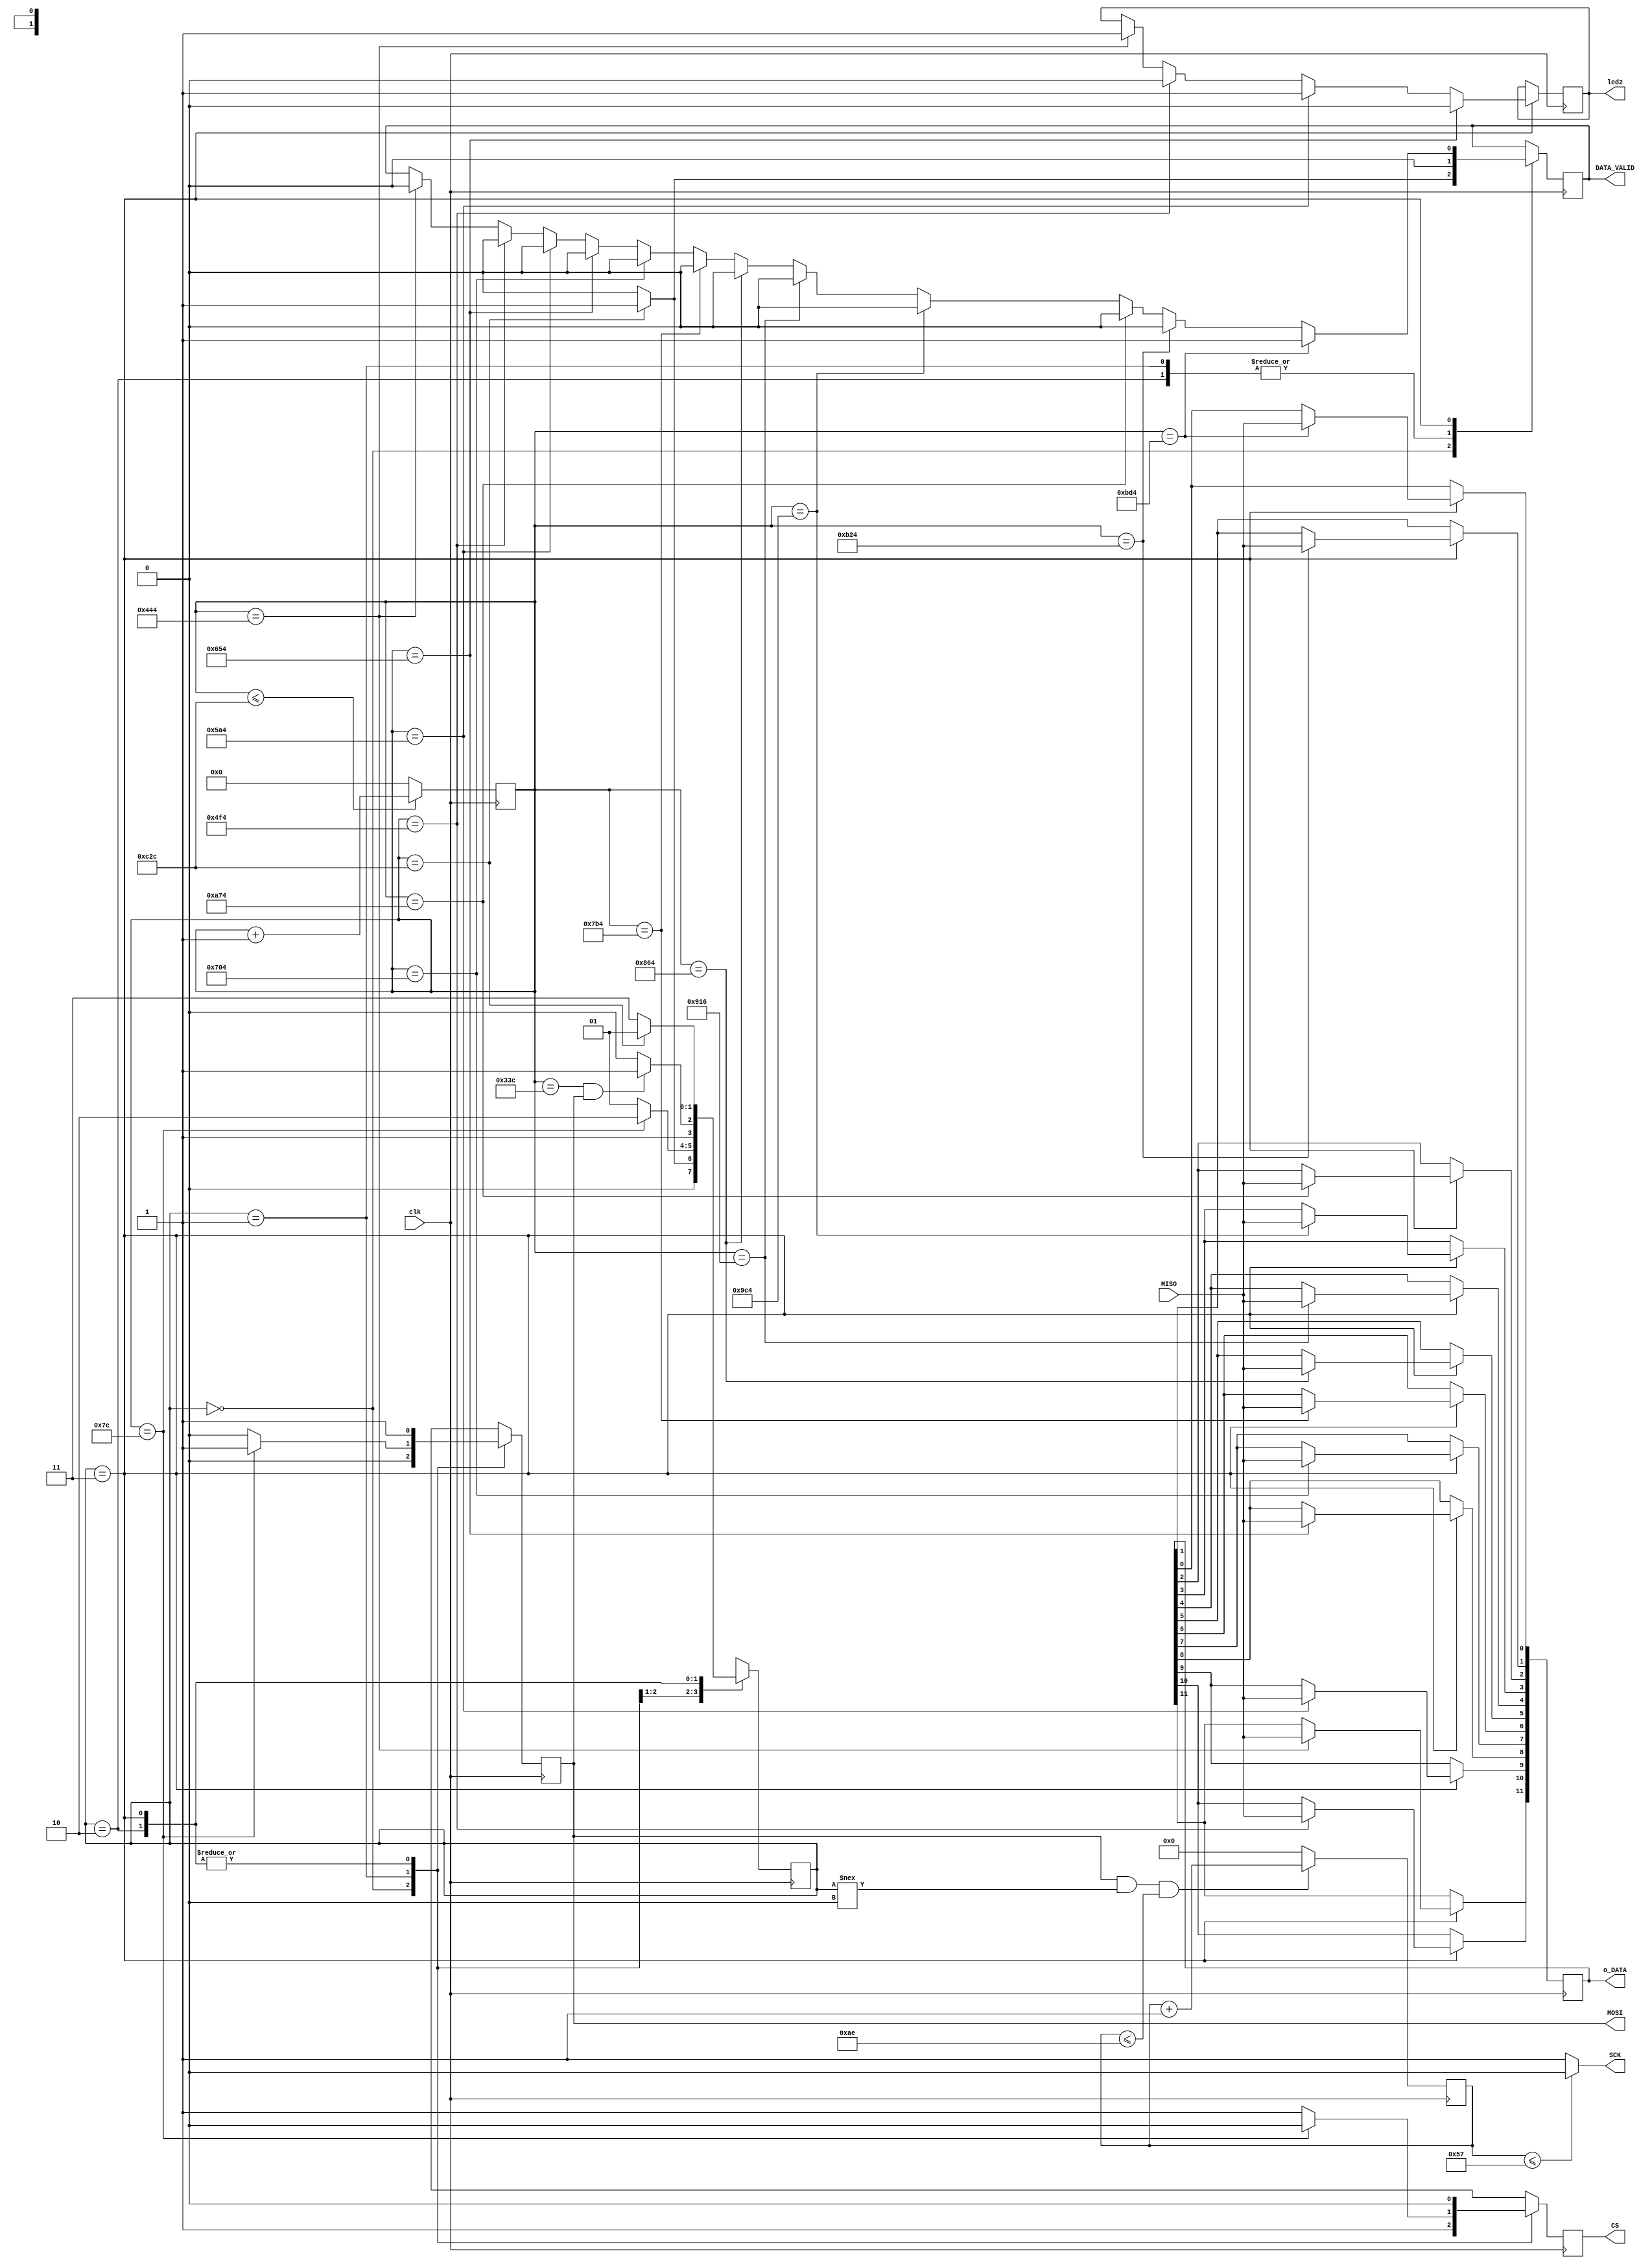
`timescale 1ns / 1ns

module SPI_state_machine(
	input clk,
	//input clk10,
	input MISO,                // data out of ADC (Dout pin)
	output MOSI,               // Data into ADC (Din pin)
	output SCK, 	           // SPI clock
	output [11:0] o_DATA,      // 12 bit word (for other modules)
	output CS,                 // Chip Select
	output led2,
	output DATA_VALID          // is high when there is a full 12 bit word. 
	);
	
	// set up bits for MOSI (DIN on datasheet) 
	localparam START = 1;      // start bit
	localparam SGL = 1;        // sets ADC to single ended mode 
	localparam ODD = 1;        // sets sample input to channel 1
	localparam MSBF = 1;       // sets ADC to transmit MSB first
	
	// states
	localparam INITIALIZE = 0;      // initialize the state machine
	localparam DISABLE = 1;         // CS is high
	localparam TRANSMITTING = 2;    // set the sample channel, sampling mode, etc...
	localparam RECEIVING = 3;       // convert the bitstream into parellel word
	
	reg d_led;
	reg [7:0] SCK_counter = 0;       // for the output SPI clock
	reg r_MOSI = 0; 
	reg [11:0] r_DATA;
	reg [1:0] r_STATE;               // state machine
	reg r_CS = 1;       	         // disable CS to start
	reg r_SCK_enable = 0;            // enable for SCK
	reg r_DV = 0;                    // DATA_VALID register
	reg [11:0] sample_counter = 1;   // this counter flips over after one sample period
	                                      // it starts at one so INITIALIZE waits one sampling period to begin DISABLE
	 
	// sample_counter
	always @ (posedge clk)                       
		begin 
			if (sample_counter <=3116)           // this number depends on sampling rate and mode. 
				begin 
					sample_counter <= sample_counter + 1;
				end 
			else 
				begin 
					sample_counter <= 0;
				end 
		end   // end sample_counter
		
	// SPI_CLK
	always @ (posedge clk)
		begin 
			if (r_SCK_enable ==1 && r_STATE !== INITIALIZE && SCK_counter <= 174)
				begin 
					SCK_counter <= SCK_counter + 1;
				end 
			else if (r_SCK_enable ==1 && r_STATE !== INITIALIZE)
				begin 
					SCK_counter <= 0;
				end 
			else 
				begin 
					SCK_counter <= 0;
				end 
		end 
	assign SCK = (SCK_counter <= 87) ? 0:1;      // 50% duty cycle PWM/SPI clock 
		
		
	// State machine	
	always @ (posedge clk)
		begin 
			case (r_STATE)
				
				INITIALIZE:                //this just makes the whole process wait a bit
					begin 
						r_CS <= 1;
						r_SCK_enable <= 0;
						r_MOSI <= 0;
						r_DV <= 0;
							if (sample_counter == 3116)    // makes INITIALIZE wait a whole sampling period for set up 
								begin 
									r_STATE <= DISABLE;
									r_DV <= 1;
								end
							else 
								begin 
									r_STATE <= INITIALIZE;
								end
					end   // end INITIALIZE
					
				
				
				DISABLE:              
					begin 
						r_CS <= 1;
						r_SCK_enable <= 0;
						r_MOSI <= 0;
						r_DV <= 0;
							if (sample_counter == 124)     // ensures that DISABLE waits 125 counts or 1000 ns (check tcsh in datasheet)
								begin 
									r_STATE <= TRANSMITTING;
									r_CS <= 0;                       // CS pulled low, activates sampling
						            r_SCK_enable <= 1;
						            r_MOSI <= START;
								end
							else
								begin 
									r_STATE <= DISABLE;
								end
					end     // end DISABLE 
					
					
				TRANSMITTING:
					begin 
						r_CS <= 0;                       // CS pulled low, activates sampling
						r_SCK_enable <= 1;
						r_MOSI <= START;
						r_DV <= 0;
							if (sample_counter == 300)
								begin 
									r_MOSI <= SGL;        // provides set up data to ADC depending on the timing
								end
							if (sample_counter == 476)
								begin 
									r_MOSI <= ODD;
								end
							if (sample_counter == 652)
								begin 
									r_MOSI <= MSBF;
								end
							if (sample_counter == 828 && r_MOSI == MSBF)
								begin 
									r_STATE <= RECEIVING;
								end
							else 
								begin 
									r_STATE <= TRANSMITTING;
								end
					end    // end TRANSMITTING
					
					
				RECEIVING: 
					begin 
						r_CS <= 0;                       
						r_SCK_enable <= 1;
						r_MOSI <= 1; 						// MOSI is "don't care" in this state
							if (sample_counter == 1092)     // waits 1.5 SCK cycle after MSBF bit because MISO transmitts null bit (MUST SAMPLE AT MIDPOINT OF BIT)
								begin 
									r_DATA[11] <= MISO;
									r_DV <= 0;
									d_led <= 1;
									
									
								end
							if (sample_counter == 1268)
								begin 
									r_DATA[10] <= MISO;
									r_DV <= 0;
									d_led <= 0;
								end 
							if (sample_counter == 1444)
								begin 
									r_DATA[9] <= MISO;
									r_DV <= 0;
									d_led <= 1;
								end 
							if (sample_counter == 1620)
								begin 
									r_DATA[8] <= MISO;
									r_DV <= 0;
									d_led <= 0;
								end 
							if (sample_counter == 1796)
								begin 
									r_DATA[7] <= MISO;									
									r_DV <= 0;
								end 
							if (sample_counter == 1972)
								begin 
									r_DATA[6] <= MISO;
									r_DV <= 0;
								end 
							if (sample_counter == 2148)
								begin 
									r_DATA[5] <= MISO;
									r_DV <= 0;
								end 
							if (sample_counter == 2326)
								begin 
									r_DATA[4] <= MISO;
									r_DV <= 0;
								end 
							if (sample_counter == 2500)
								begin 
									r_DATA[3] <= MISO;
									r_DV <= 0;
								end 
							if (sample_counter == 2676)
								begin 
									r_DATA[2] <= MISO;
									r_DV <= 0;
								end 
							if (sample_counter == 2852)
								begin 
									r_DATA[1] <= MISO;
									r_DV <= 0;
								end 
							if (sample_counter == 3028)
								begin 
									r_DATA[0] <= MISO;
									r_DV <= 1;                     // Data is now valid
								end 
							if (sample_counter == 3116)
								begin 
									r_STATE <= DISABLE;
								end 
							else 
								begin 
									r_STATE <= RECEIVING;
								end 
					end // end RECEIVING	
								
						
					
					
				default: 
					begin 
						r_STATE <= INITIALIZE;
					end 
					
					
			endcase
		end	
	
	assign CS = r_CS;                  // output signals
	assign MOSI = r_MOSI;
	assign o_DATA = r_DATA;  
	assign DATA_VALID = r_DV; 
	assign led2 = d_led;

		
endmodule